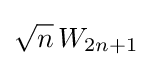
{\sqrt {n}}\,W_{2n+1}